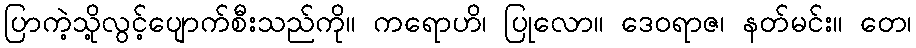
ပြာကဲ့သို့လွင့်ပျောက်စီးသည်ကို။ ကရောဟိ၊ ပြုလော။ ဒေဝရာဇ၊ နတ်မင်း။ တေ၊